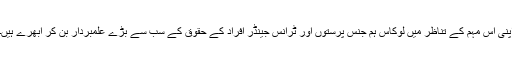
اپنی اس مہم کے تناظر میں لوکاس ہم جنس پرستوں اور ٹرانس جینڈر افراد کے حقوق کے سب سے بڑے علمبردار بن کر ابھرے ہیں۔